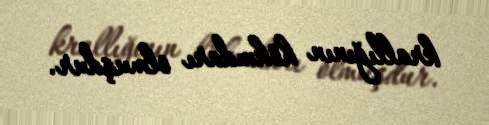
krallığının hökmdarı olmuşdur.